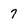
Character: 7